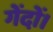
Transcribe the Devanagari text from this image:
गेंदों।